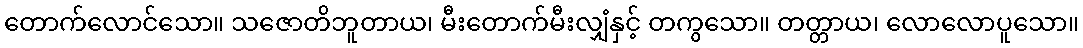
တောက်လောင်သော။ သဇောတိဘူတာယ၊ မီးတောက်မီးလျှံနှင့် တကွသော။ တတ္တာယ၊ လောလောပူသော။